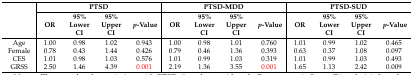
| <ROWSPAN=2>  | <COLSPAN=4> PTSD | <COLSPAN=4> PTSD-MDD | <COLSPAN=4> PTSD-SUD |
 | OR | 95% Lower CI | 95% Upper CI | p-Value | OR | 95% Lower CI | 95% Upper CI | p-Value | OR | 95% Lower CI | 95% Upper CI | p-Value |
 | --- | --- | --- | --- | --- | --- | --- | --- | --- | --- | --- | --- | --- |
 | Age | 1.00 | 0.98 | 1.02 | 0.943 | 1.00 | 0.98 | 1.01 | 0.760 | 1.01 | 0.99 | 1.02 | 0.465 |
 | Female | 0.78 | 0.43 | 1.44 | 0.426 | 0.79 | 0.46 | 1.36 | 0.393 | 0.63 | 0.37 | 1.08 | 0.097 |
 | CES | 1.01 | 0.98 | 1.03 | 0.576 | 1.01 | 0.99 | 1.03 | 0.319 | 1.01 | 0.99 | 1.03 | 0.493 |
 | GRSS | 2.50 | 1.46 | 4.39 | 0.001 | 2.19 | 1.36 | 3.55 | 0.001 | 1.65 | 1.13 | 2.42 | 0.009 |